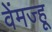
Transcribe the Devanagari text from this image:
वेंमज्हू